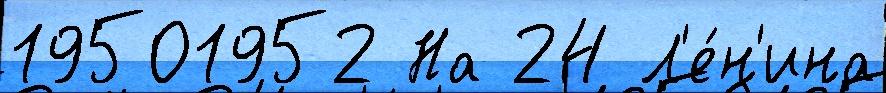
19501952 На 24 Л'е́н'ина